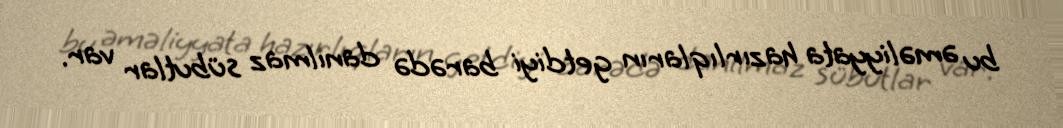
bu əməliyyata hazırlıqların getdiyi barədə danılmaz sübutlar var.